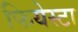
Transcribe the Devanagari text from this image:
फियेस्टा